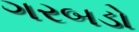
ગરબડો